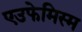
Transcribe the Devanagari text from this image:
एउफेमिस्म